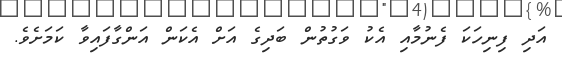
އަދި ފިނިހަކަ ފެނުމާއި އެކު ވަގުތުން ބަދިގެ އަށް އެކަން އަންގާފައިވާ ކަމަށެވެ.